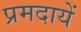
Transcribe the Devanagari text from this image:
प्रमदायें